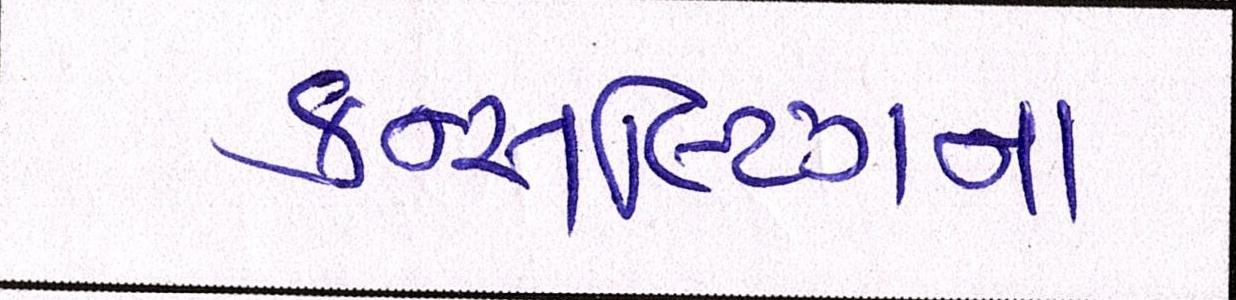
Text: કન્સલ્ટિંગના